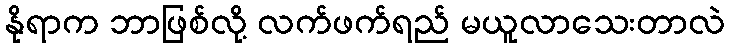
နိုရာက ဘာဖြစ်လို့ လက်ဖက်ရည် မယူလာသေးတာလဲ